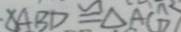
\Delta A B D \cong \Delta A C D